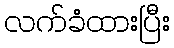
လက်ခံထားပြီး